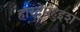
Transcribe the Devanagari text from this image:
हारदेनहुइश